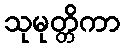
သုမုတ္တိကာ